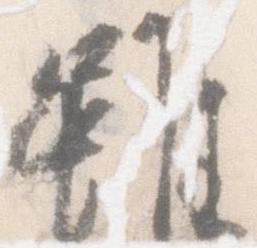
雖